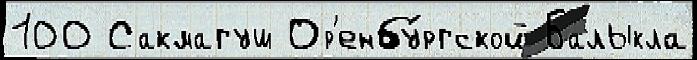
100 Сакмагуш Ор'енбу́ргской Балыкла